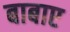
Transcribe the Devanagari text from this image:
बाबाए